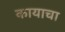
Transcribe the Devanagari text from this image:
कायाचा